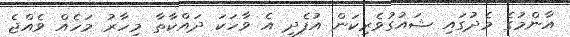
އާންމުގެ މެދުގައި ޝައުގުވެރިކަން އުފެދި އެ ވާހަކަ ދައްކާތާ މިހާރު މަހެއް ވެއްޖެ